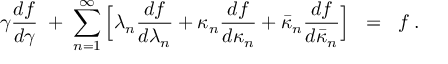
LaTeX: \gamma \frac { d f } { d \gamma } \; + \; \sum _ { n = 1 } ^ { \infty } \Big [ \lambda _ { n } \frac { d f } { d \lambda _ { n } } + \kappa _ { n } \frac { d f } { d \kappa _ { n } } + \bar { \kappa } _ { n } \frac { d f } { d \bar { \kappa } _ { n } } \Big ] \; \; = \; \; f \; .